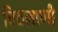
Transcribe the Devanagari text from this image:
विठलाणी